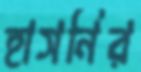
হাসনির